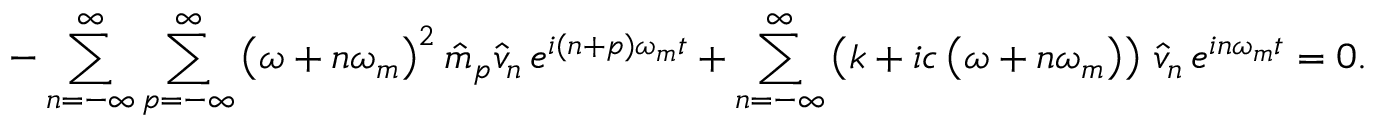
- \sum _ { n = - \infty } ^ { \infty } \sum _ { p = - \infty } ^ { \infty } \left( \omega + n \omega _ { m } \right) ^ { 2 } \hat { m } _ { p } \hat { v } _ { n } \, e ^ { i ( n + p ) \omega _ { m } t } + \sum _ { n = - \infty } ^ { \infty } \left( k + i c \left( \omega + n \omega _ { m } \right) \right) \, \hat { v } _ { n } \, e ^ { i n \omega _ { m } t } = 0 .